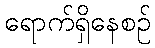
ရောက်ရှိနေစဉ်